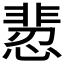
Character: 𩇻